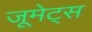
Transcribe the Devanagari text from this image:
जूमेट्स